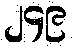
၂၄၉